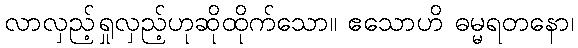
လာလှည့်ရှုလှည့်ဟုဆိုထိုက်သော။ ဧသောဟိ ဓမ္မရတနော၊